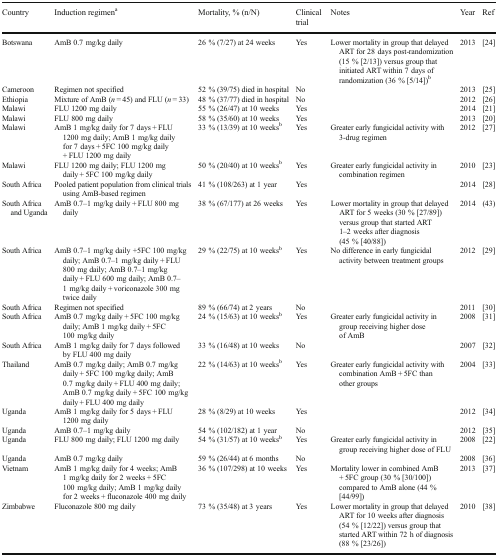
<table><thead><tr><td><b>Country</b></td><td><b>Induction regimen<sup>a</sup></b></td><td><b>Mortality, % (n/N)</b></td><td><b>Clinical trial</b></td><td><b>Notes</b></td><td><b>Year</b></td><td><b>Ref</b></td></tr></thead><tbody><tr><td>Botswana</td><td>AmB 0.7 mg/kg daily</td><td>26 % (7/27) at 24 weeks</td><td>Yes</td><td>Lower mortality in group that delayed ART for 28 days post-randomization (15 % [2/13]) versus group that initiated ART within 7 days of randomization (36 % [5/14])<sup>b</sup></td><td>2013</td><td>[24]</td></tr><tr><td>Cameroon</td><td>Regimen not specified</td><td>52 % (39/75) died in hospital</td><td>No</td><td></td><td>2013</td><td>[25]</td></tr><tr><td>Ethiopia</td><td>Mixture of AmB (<i>n</i> = 45) and FLU (<i>n</i> = 33)</td><td>48 % (37/77) died in hospital</td><td>No</td><td></td><td>2012</td><td>[26]</td></tr><tr><td>Malawi</td><td>FLU 1200 mg daily</td><td>55 % (26/47) at 10 weeks</td><td>Yes</td><td></td><td>2014</td><td>[21]</td></tr><tr><td>Malawi</td><td>FLU 800 mg daily</td><td>58 % (35/60) at 10 weeks</td><td>Yes</td><td></td><td>2013</td><td>[20]</td></tr><tr><td>Malawi</td><td>AmB 1 mg/kg daily for 7 days + FLU 1200 mg daily; AmB 1 mg/kg daily for 7 days + 5FC 100 mg/kg daily + FLU 1200 mg daily</td><td>33 % (13/39) at 10 weeks<sup>b</sup></td><td>Yes</td><td>Greater early fungicidal activity with 3-drug regimen</td><td>2012</td><td>[27]</td></tr><tr><td>Malawi</td><td>FLU 1200 mg daily; FLU 1200 mg daily + 5FC 100 mg/kg daily</td><td>50 % (20/40) at 10 weeks<sup>b</sup></td><td>Yes</td><td>Greater early fungicidal activity in combination regimen</td><td>2010</td><td>[23]</td></tr><tr><td>South Africa</td><td>Pooled patient population from clinical trials using AmB-based regimen</td><td>41 % (108/263) at 1 year</td><td>Yes</td><td></td><td>2014</td><td>[28]</td></tr><tr><td>South Africa and Uganda</td><td>AmB 0.7–1 mg/kg daily + FLU 800 mg daily</td><td>38 % (67/177) at 26 weeks</td><td>Yes</td><td>Lower mortality in group that delayed ART for 5 weeks (30 % [27/89]) versus group that started ART 1–2 weeks after diagnosis (45 % [40/88])</td><td>2014</td><td>(43)</td></tr><tr><td>South Africa</td><td>AmB 0.7–1 mg/kg daily +5FC 100 mg/kg daily; AmB 0.7–1 mg/kg daily + FLU 800 mg daily; AmB 0.7–1 mg/kg daily + FLU 600 mg daily; AmB 0.7–1 mg/kg daily + voriconazole 300 mg twice daily</td><td>29 % (22/75) at 10 weeks<sup>b</sup></td><td>Yes</td><td>No difference in early fungicidal activity between treatment groups</td><td>2012</td><td>[29]</td></tr><tr><td>South Africa</td><td>Regimen not specified</td><td>89 % (66/74) at 2 years</td><td>No</td><td></td><td>2011</td><td>[30]</td></tr><tr><td>South Africa</td><td>AmB 0.7 mg/kg daily + 5FC 100 mg/kg daily; AmB 1 mg/kg daily + 5FC 100 mg/kg daily</td><td>24 % (15/63) at 10 weeks<sup>b</sup></td><td>Yes</td><td>Greater early fungicidal activity in group receiving higher dose of AmB</td><td>2008</td><td>[31]</td></tr><tr><td>South Africa</td><td>AmB 1 mg/kg daily for 7 days followed by FLU 400 mg daily</td><td>33 % (16/48) at 10 weeks</td><td>No</td><td></td><td>2007</td><td>[32]</td></tr><tr><td>Thailand</td><td>AmB 0.7 mg/kg daily; AmB 0.7 mg/kg daily + 5FC 100 mg/kg daily; AmB 0.7 mg/kg daily + FLU 400 mg daily; AmB 0.7 mg/kg daily + 5FC 100 mg/kg daily + FLU 400 mg daily</td><td>22 % (14/63) at 10 weeks<sup>b</sup></td><td>Yes</td><td>Greater early fungicidal activity with combination AmB + 5FC than other groups</td><td>2004</td><td>[33]</td></tr><tr><td>Uganda</td><td>AmB 1 mg/kg daily for 5 days + FLU 1200 mg daily</td><td>28 % (8/29) at 10 weeks</td><td>Yes</td><td></td><td>2012</td><td>[34]</td></tr><tr><td>Uganda</td><td>AmB 0.7–1 mg/kg daily</td><td>54 % (102/182) at 1 year</td><td>No</td><td></td><td>2012</td><td>[35]</td></tr><tr><td>Uganda</td><td>FLU 800 mg daily; FLU 1200 mg daily</td><td>54 % (31/57) at 10 weeks<sup>b</sup></td><td>Yes</td><td>Greater early fungicidal activity in group receiving higher dose of FLU</td><td>2008</td><td>[22]</td></tr><tr><td>Uganda</td><td>AmB 0.7 mg/kg daily</td><td>59 % (26/44) at 6 months</td><td>No</td><td></td><td>2008</td><td>[36]</td></tr><tr><td>Vietnam</td><td>AmB 1 mg/kg daily for 4 weeks; AmB 1 mg/kg daily for 2 weeks + 5FC 100 mg/kg daily; AmB 1 mg/kg daily for 2 weeks + fluconazole 400 mg daily</td><td>36 % (107/298) at 10 weeks</td><td>Yes</td><td>Mortality lower in combined AmB + 5FC group (30 % [30/100]) compared to AmB alone (44 % [44/99])</td><td>2013</td><td>[37]</td></tr><tr><td>Zimbabwe</td><td>Fluconazole 800 mg daily</td><td>73 % (35/48) at 3 years</td><td>Yes</td><td>Lower mortality in group that delayed ART for 10 weeks after diagnosis (54 % [12/22]) versus group that started ART within 72 h of diagnosis (88 % [23/26])</td><td>2010</td><td>[38]</td></tr></tbody></table>